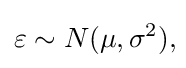
\varepsilon \sim N(\mu ,\sigma ^{2}),\!